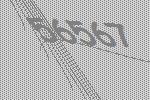
56567